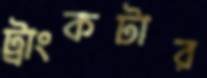
ট্রাংকটার